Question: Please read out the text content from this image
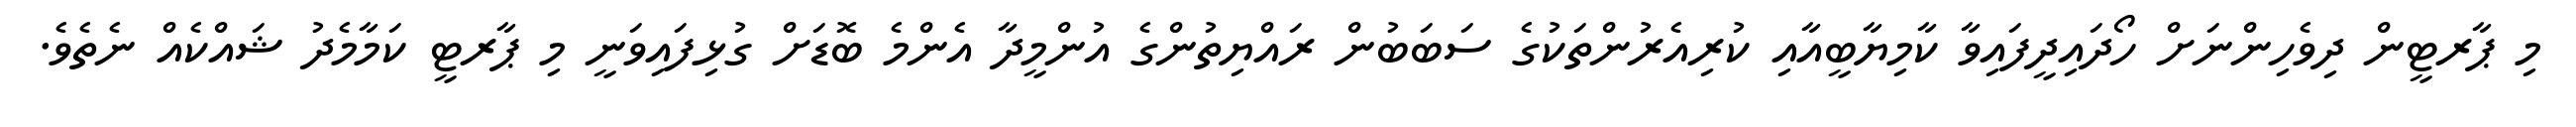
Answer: މި ޕާރޓީން ދިވެހިންނަށް ހޯދައިދީފައިވާ ކާމިޔާބީއާއި ކުރިއެރުންތަކުގެ ސަބަބުން ރައްޔިތުންގެ އުންމީދާ އެންމެ ބޮޑަށް ގުޅިފައިވަނީ މި ޕާރޓީ ކަމާމެދު ޝައްކެއް ނެތެވެ.